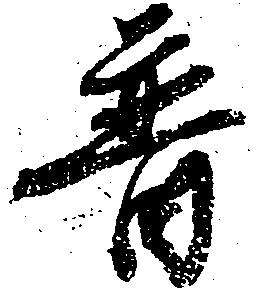
普